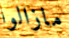
مازالوا